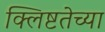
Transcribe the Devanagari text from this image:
क्लिष्टतेच्या